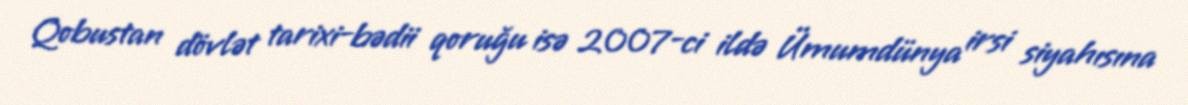
Qobustan dövlət tarixi-bədii qoruğu isə 2007-ci ildə Ümumdünya irsi siyahısına